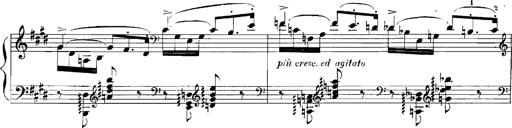
Title: Rhapsodies hongroises
Composer: Franz Liszt